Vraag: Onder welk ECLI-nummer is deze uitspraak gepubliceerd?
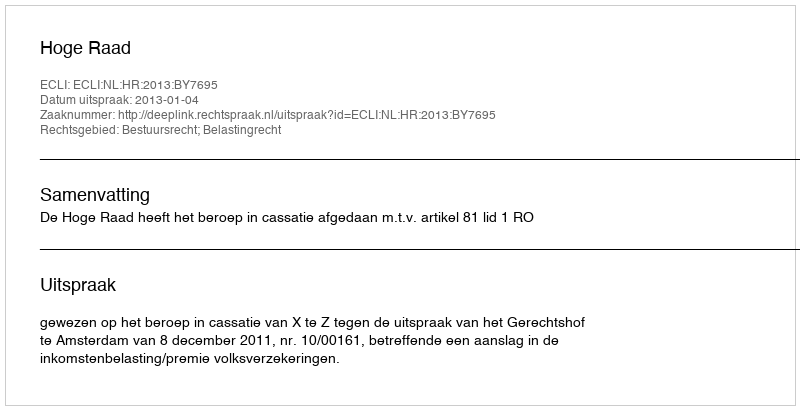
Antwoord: ECLI:NL:HR:2013:BY7695